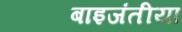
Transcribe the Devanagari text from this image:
बाइजंतीया